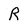
Character: R